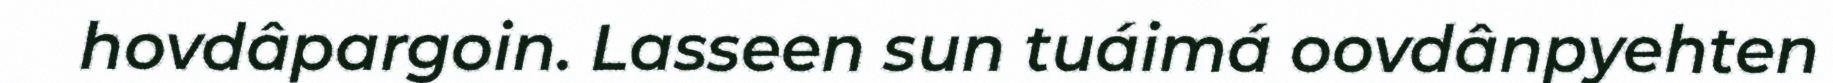
hovdâpargoin. Lasseen sun tuáimá oovdânpyehten